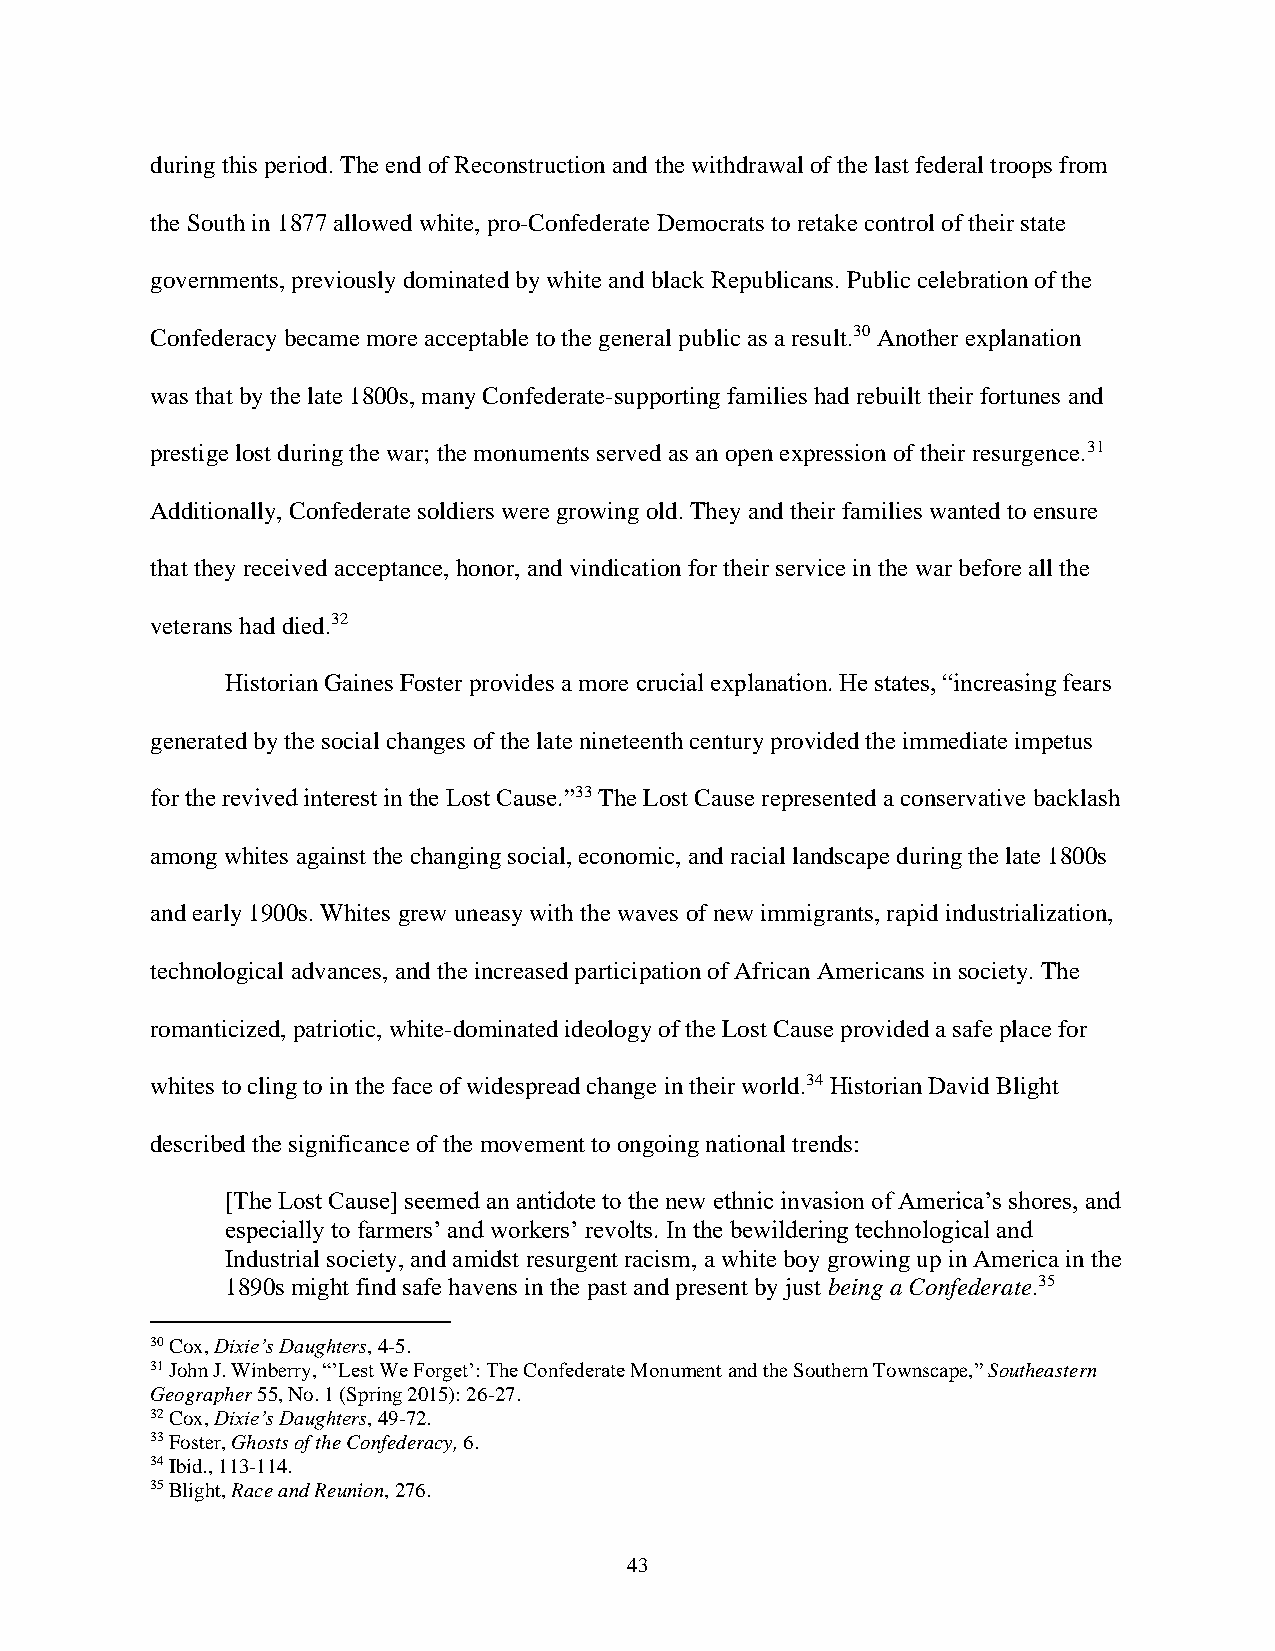
during this period. The end of Reconstruction and the withdrawal of the last federal troops from
 the South in 1877 allowed white, pro-Confederate Democrats to retake control of their state
 governments, previously dominated by white and black Republicans. Public celebration of the
 Confederacy became more acceptable to the general public as a result.30 Another explanation
 was that by the late 1800s, many Confederate-supporting families had rebuilt their fortunes and
 prestige lost during the war; the monuments served as an open expression of their resurgence.31
 Additionally, Confederate soldiers were growing old. They and their families wanted to ensure
 that they received acceptance, honor, and vindication for their service in the war before all the
 veterans had died.32
 Historian Gaines Foster provides a more crucial explanation. He states, “increasing fears
 generated by the social changes of the late nineteenth century provided the immediate impetus
 for the revived interest in the Lost Cause.”33 The Lost Cause represented a conservative backlash
 among whites against the changing social, economic, and racial landscape during the late 1800s
 and early 1900s. Whites grew uneasy with the waves of new immigrants, rapid industrialization,
 technological advances, and the increased participation of African Americans in society. The
 romanticized, patriotic, white-dominated ideology of the Lost Cause provided a safe place for
 whites to cling to in the face of widespread change in their world.34 Historian David Blight
 described the significance of the movement to ongoing national trends:
 [The Lost Cause] seemed an antidote to the new ethnic invasion of America’s shores, and
 especially to farmers’ and workers’ revolts. In the bewildering technological and
 Industrial society, and amidst resurgent racism, a white boy growing up in America in the
 1890s might find safe havens in the past and present by just being a Confederate.35
 30 Cox, Dixie’s Daughters, 4-5.
 31 John J. Winberry, “’Lest We Forget’: The Confederate Monument and the Southern Townscape,” Southeastern
 Geographer 55, No. 1 (Spring 2015): 26-27.
 32 Cox, Dixie’s Daughters, 49-72.
 33 Foster, Ghosts of the Confederacy, 6.
 34 Ibid., 113-114.
 35 Blight, Race and Reunion, 276.
 43